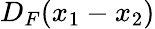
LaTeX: D_{F}(x_{1}-x_{2})